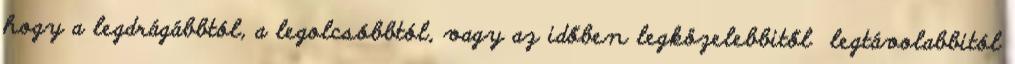
hogy a legdrágábbtól, a legolcsóbbtól, vagy az időben legközelebbitől legtávolabbitól